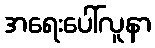
အရေးပေါ်လူနာ